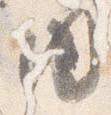
内